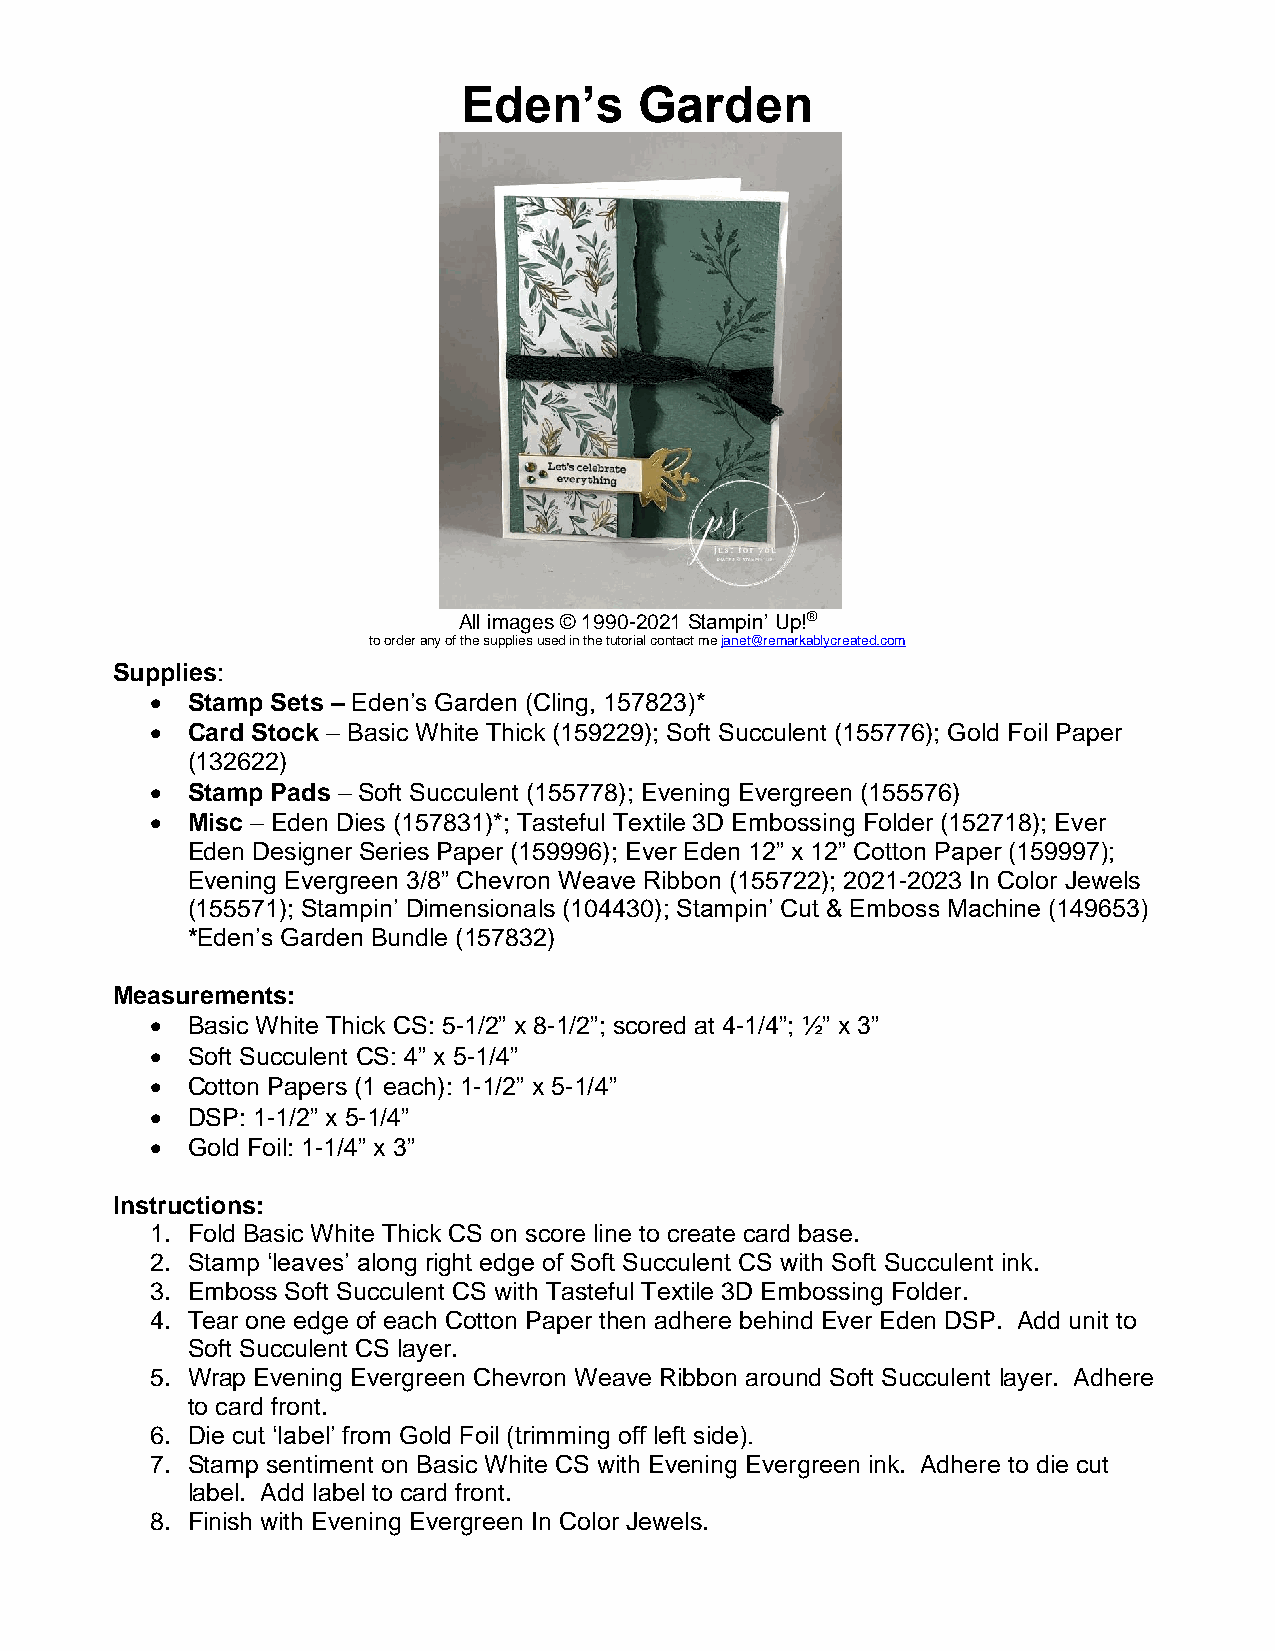
Eden’s     Garden
 All images © 1990-2021 Stampin’ Up!®
 to order any of the supplies used in the tutorial contact me janet@remarkablycreated.com
 Supplies:
 • Stamp Sets – Eden’s Garden (Cling, 157823)*
 • Card Stock – Basic White Thick (159229); Soft Succulent (155776); Gold Foil Paper
 (132622)
 • Stamp Pads – Soft Succulent (155778); Evening Evergreen (155576)
 • Misc – Eden Dies (157831)*; Tasteful Textile 3D Embossing Folder (152718); Ever
 Eden Designer Series Paper (159996); Ever Eden 12” x 12” Cotton Paper (159997);
 Evening Evergreen 3/8” Chevron Weave Ribbon (155722); 2021-2023 In Color Jewels
 (155571); Stampin’ Dimensionals (104430); Stampin’ Cut & Emboss Machine (149653)
 *Eden’s Garden Bundle (157832)
 Measurements:
 • Basic White Thick CS: 5-1/2” x 8-1/2”; scored at 4-1/4”; ½” x 3”
 • Soft Succulent CS: 4” x 5-1/4”
 • Cotton Papers (1 each): 1-1/2” x 5-1/4”
 • DSP: 1-1/2” x 5-1/4”
 • Gold Foil: 1-1/4” x 3”
 Instructions:
 1. Fold Basic White Thick CS on score line to create card base.
 2. Stamp ‘leaves’ along right edge of Soft Succulent CS with Soft Succulent ink.
 3. Emboss Soft Succulent CS with Tasteful Textile 3D Embossing Folder.
 4. Tear one edge of each Cotton Paper then adhere behind Ever Eden DSP. Add unit to
 Soft Succulent CS layer.
 5. Wrap Evening Evergreen Chevron Weave Ribbon around Soft Succulent layer. Adhere
 to card front.
 6. Die cut ‘label’ from Gold Foil (trimming off left side).
 7. Stamp sentiment on Basic White CS with Evening Evergreen ink. Adhere to die cut
 label. Add label to card front.
 8. Finish with Evening Evergreen In Color Jewels.